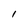
Character: 1